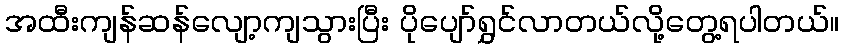
အထီးကျန်ဆန်လျော့ကျသွားပြီး ပိုပျော်ရွှင်လာတယ်လို့တွေ့ရပါတယ်။